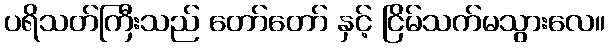
ပရိသတ်ကြီးသည် တော်တော် နှင့် ငြိမ်သက်မသွားလေ။